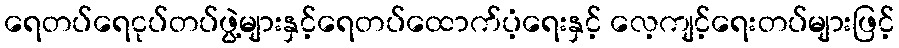
ရေတပ်ရေငုပ်တပ်ဖွဲ့များနှင့်ရေတပ်ထောက်ပံ့ရေးနှင့် လေ့ကျင့်ရေးတပ်များဖြင့်